Vital statistics of India. Vol. IV, Annual returns from 1871 to 1876. British Army of India, Native Army and jails of Bengal
Year: 1871
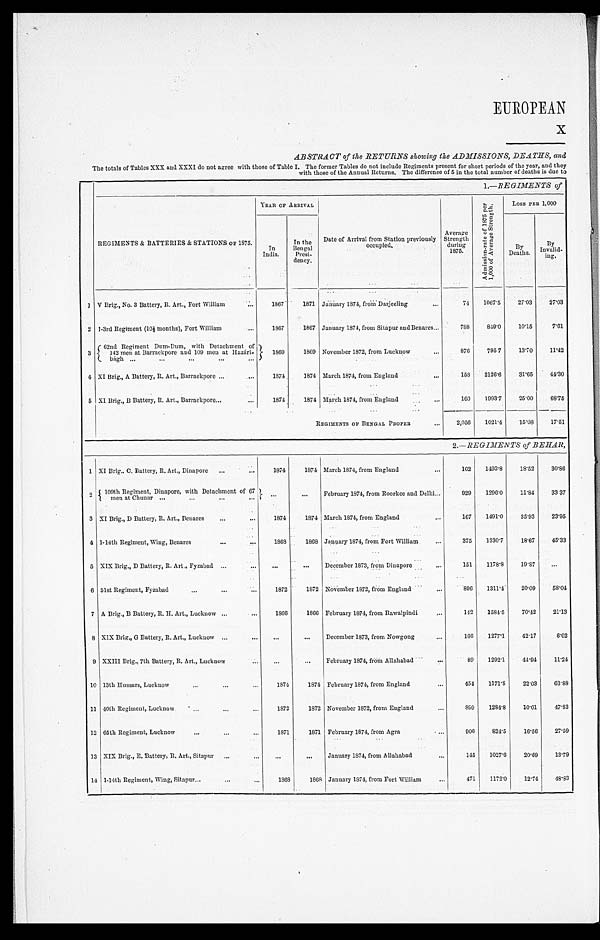
EUROPEAN
X
ABSTRACT of the RETURNS showing the ADMISSIONS, DEATHS, and
The totals of Tables XXX and XXXI do not agree with those of Table I. The former Tables do not include Regiments present for short periods of the year, and they
with those of the Annual Returns. The difference of 5 in the total number of deaths is due to
1.—REGIMENTS of
REGIMENTS & BATTERIES & STATIONS OF 1875.
YEAR OF ARRIVAL
A d m i s s i o n - r a t e o f 1 8 7 5 p e r
1 , 0 0 0 o f A v e r a g e S t r e n g t h .
LOSS PER 1, 000
In
India.
In the
Bengal Presi-
dency.
Date of Arrival from Station previously
occupied.
Average
Strength during 1875.
By
Deaths.
B y
Invalid- ing.
1 V Brig., No. 3 Battery, R. Art., Fort William
1867 1871 January 1874, from Darjeeling
74 1067.5 27.03 27. 03
2 1-3rd Regiment (10½ months), Fort William 1867 1867 January 1874, from Sitapur and Benares
788 849.0 10.15 7. 61
3 62nd Regiment Dum-Dum, with Detachment of 1 4 2 m e n a t B a r r a c k p o r e a n d 1 0 9 m e n a t H a z á r i -b
á g h
1 8 6 9 1869 November 1872, from Lucknow
876 795 7 13.70 11. 42
4 XI Brig., A Battery, R. Art., Barrackpore
1874 1874 March 1874, from England
158 2126.6 31.65 44. 30
5 XI Brig., B Battery, R. Art., Barrackpore
1874 1874 March 1874, from England
160 1993.7 25.00 68. 75
REGIMENTS OF BENGAL PROPER
2,056 1021.4 15.08 17. 51
2.—REGIMENTS of BEHAR,
1 XI Brig.. C. Battery, R. Art., Dinapore
1874 1874 March 1874, from England
162 1493.8 18.52 30.86
2 109 th Regiment, Dinapore, with Detachment of 67 m e n a t C h u n a r
February 1874, from Roorkee and Delhi
929 1296.0 11.84 33.37
3 XI Brig., D Battery, R. Art., Benares
1874 1874 March 1874, from England
167 1491.0 35.93 23.95
4 1-14th Regiment, Wing, Benares
1868 1868 January 1874, from Fort William
375 1330.7 18.67 45.33
5 XIX Brig., D Battery, R. Art., Fyzabad
December 1873, from Dinapore
151 1178.8 19.87
6 51st Regiment, Fyzabad
1872 1872 November 1872, from England
896 1311.4 20.09 58.04
7 A Brig., B Battery, R. H. Art., Lucknow
1866 1866 February 1874, from Rawalpindi
142 1584.5 70.42 21.13
8 XIX Brig., G Battery, R. Art., Lucknow
December 1873, from Nowgong
166 1277.1 42.17 6.02
9 XXIII Brig., 7th Battery, R. Art., Lucknow
February 1874, from Allahabad
89 1292.1 44.94 11.24
10 13t h Hussar s, Lucknow
1874 1874 February 1874, from England
454 1171.8 22.03 63.88
11 40th Regiment, Lucknow
1872 1872 November 1872, from England
899 1284.8 10.01 47.83
12 65th Regiment, Lucknow
1871 1871 February 1874, from Agra
906 824.5 16.56 27.59
13 XIX Brig., E. Battery, R. Art., Sitapur
January 1874, from Allahabad
145 1027.6 20.69 13.79
14 1-14th Regiment, Wing, Sitapur
1868 1868 January 1874, from Fort William
471 1172.0 12.74 48.83